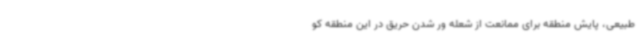
طبیعی، پایش منطقه برای ممانعت از شعله ور شدن حریق در این منطقه کو